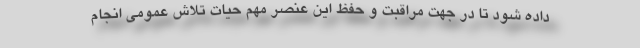
داده شود تا در جهت مراقبت و حفظ این عنصر مهم حیات تلاش عمومی انجام